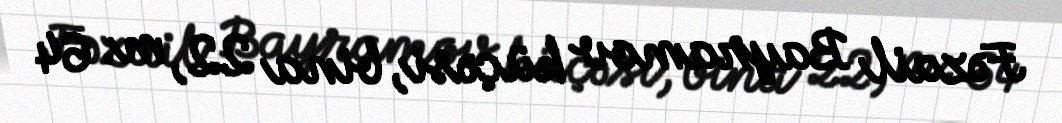
Fəzail Bayramov küçəsi, bina 22, m. 64